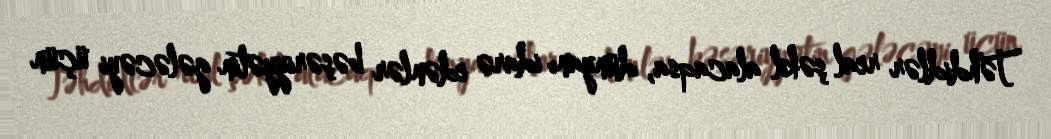
Təhdidlər real şəkil alacaqsa, dünyanı idarə edənlər bəşəriyyətin gələcəyi üçün